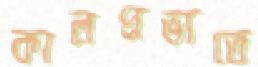
কালপ্রভাতে